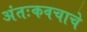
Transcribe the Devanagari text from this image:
अंतःकवचाचे